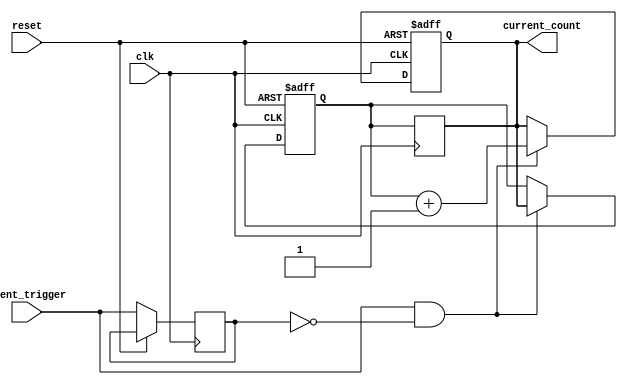
module event_triggered_counter (
    input wire clk,                  // System clock
    input wire reset,                // Asynchronous reset
    input wire event_trigger,        // Event trigger signal
    output reg [7:0] current_count   // Current count output (8-bit)
);

    // Memory block to store the current count value
    reg [7:0] memory_block;          // 8-bit memory block for count storage
    reg event_trigger_reg;           // Reg to hold the event trigger for edge detection

    // Synchronous logic for detecting rising edge of the event_trigger signal
    always @(posedge clk or posedge reset) begin
        if (reset) begin
            // Initialize counter on reset
            memory_block <= 8'd0;
            current_count <= 8'd0;
        end else begin
            // Edge detection for rising edge of event_trigger
            if (event_trigger && !event_trigger_reg) begin
                // Read current count from memory and increment
                current_count <= memory_block + 1;
                // Write updated count back to memory
                memory_block <= current_count;
            end
            // Update event_trigger_reg to the current state
            event_trigger_reg <= event_trigger;
        end
    end

    // Continuous assignment to read the current count
    always @(posedge clk) begin
        current_count <= memory_block;
    end

endmodule